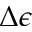
\Delta \epsilon